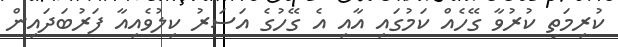
ކުރިމަތި ކުރުވާ ގޭހެއް ކަމުގައި އާއި އެ ގޭހުގެ އަސަރު ކިލުވެއިއާ ފަރުބަދައިން